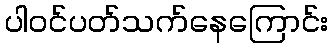
ပါဝင်ပတ်သက်နေကြောင်း